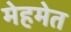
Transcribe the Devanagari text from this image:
मेहमेत